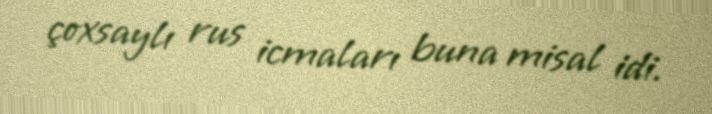
çoxsaylı rus icmaları buna misal idi.